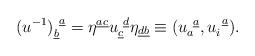
LaTeX: \begin{align*}(u^{-1})^{~\underline a}_{\underline b}=\eta^{\underline{ac}}u^{~\underline d}_{\underline c}\eta_{\underline{db}}\equiv (u_a^{~\underline a},u_i^{~\underline a}).\end{align*}